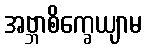
အဗ္ဘာစိက္ခေယျာမ